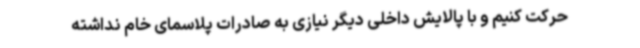
حرکت کنیم و با پالایش داخلی دیگر نیازی به صادرات پلاسمای خام نداشته